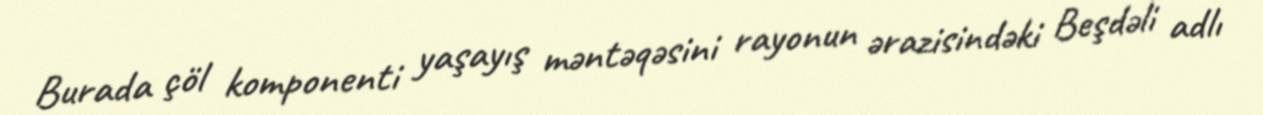
Burada çöl komponenti yaşayış məntəqəsini rayonun ərazisindəki Beşdəli adlı